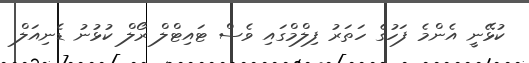
ކުޅޭނީ އެންމެ ފަހުގެ ހަތަރު ފިލްމްގައި ވެސް ޓައިޓްލް ރޯލް ކުޅުނު ޑެނިއަލް